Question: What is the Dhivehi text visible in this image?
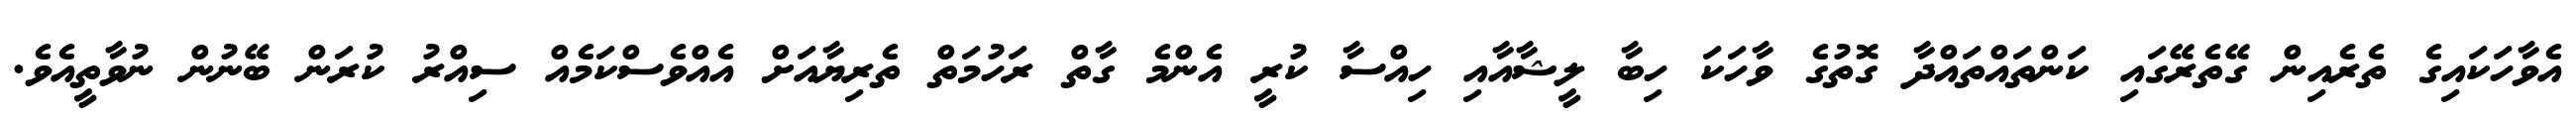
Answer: އެވާހަކައިގެ ތެރެއިން ގޭތެރޭގައި ކަންތައްތައްދާ ގޮތުގެ ވާހަކަ ހިބާ ލީޝާއާއި ހިއްސާ ކުރީ އެންމެ ގާތް ރަހުމަތް ތެރިޔާއަށް އެއްވެސްކަމެއް ސިއްރު ކުރަން ބޭނުން ނުވާތީއެވެ.